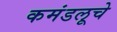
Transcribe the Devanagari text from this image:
कमंडलूचे